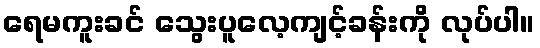
ရေမကူးခင် သွေးပူလေ့ကျင့်ခန်းကို လုပ်ပါ။